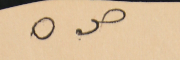
ص ٥